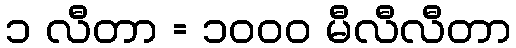
၁ လီတာ = ၁၀၀၀ မီလီလီတာ